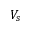
V _ { s }